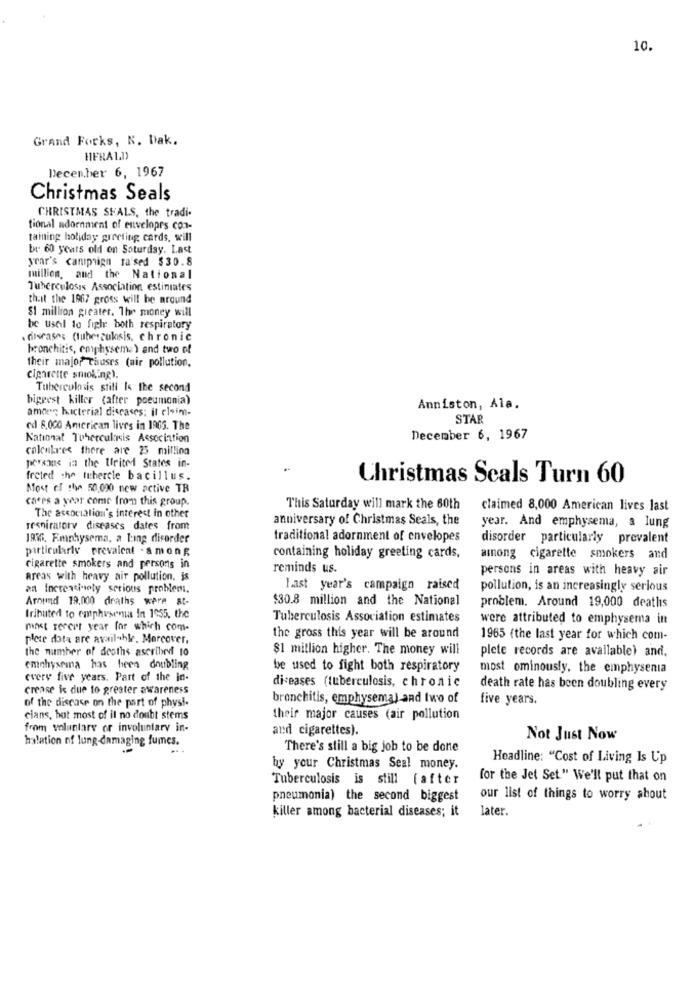
10.
Grand Forks, N. Dak.
HIFRA1.11
December 6, 1967
Christmas Seals
CHRISTMAS SHALS, the tradi-
tional adornment of envelopes con-
taming holiday greeting cards, will
br. 60 years old on Saturday. Last
year's campaign raised $30.8
million, and the National
Tuberculosis Association estimates
that the 1967 gross will be around
$1 million greater. The money will
be ustil to figh both respiratory
. diseases (tuberculosis, chronic
bronchitis, emphysema) and two of
their major Tauses (air pollution.
cigarette smoking).
Tuberculosis still Is the second
biggest killer (after poeumonia)
amon bacterial diseases: it claim-
Anniston, Ala.
STAR
cd 8.000 American lives in 1905. The
National Tuberculosis Association
December 6, 1967
calculres there are 25 million
persans in the United States in-
freted the tubercle bacillus.
Christmas Seals Turn 60
Most of the 50,000 new active TR
cafes a year come from this group.
This Saturday will mark the 60th
claimed 8,000 American lives last
The association's interest in other
anniversary of Christmas Seals, the
respiratory diseases dates from
year. And emphysema, a lung
1856. Emphysema, a Ling disorder
traditional adornment of envelopes
disorder particularly prevalent
particularly prevalent . among
containing holiday greeting cards,
among cigarette smokers and
cigarette smokers and persons in
reminds us.
persons in areas with heavy air
areas with heavy air pollution, is
an increasingly serious problem.
Last year's campaign raised
pollution, is an increasingly serious
Around 19.000 deaths were at-
$30.8 million and the National
problem. Around 19,000 deaths
Iributed to emphysema in 1955. the
Tuberculosis Association estimates
were attributed to emphysema in
most rereet year for which com-
plete data are available. Moreover,
the gross this year will be around
1965 (the last year for which com-
the number of deaths ascribed to
$1 million higher. The money will
plete records are available) and.
emphysema has been doubling
be used to fight both respiratory
most ominously. the emphysenia
every five years. Part of the in-
diseases (tuberculosis, chronic
crease is due to greater awareness
death rate has been doubling every
of the disease on the part of physi-
bronchitis, emphysema) and two of
five years.
cians, but most of il no doubt stems
their major causes (air pollution
from voluntary or involuntary in-
and cigarettes).
halation of lung-damaging fumes.
Not Just Now
There's still a big job to be done
Headline: "Cost of Living Is Up
by your Christmas Seal money.
Tuberculosis is still (after
for the Jet Set" We'll put that on
pneumonia) the second biggest
our list of things to worry about
killer among bacterial diseases; it
later.